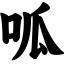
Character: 呱